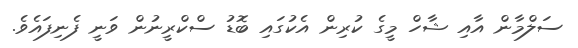
ސަލްމާން އާއި ޝާހް މީގެ ކުރިން އެކުގައި ބޮޑު ސްކްރީނުން ވަނީ ފެނިފައެވެ.